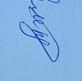
Signature authenticity: genuine